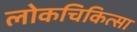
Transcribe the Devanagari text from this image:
लोकचिकित्सा